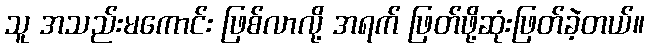
သူ အသည်းမကောင်း ဖြစ်လာလို့ အရက် ဖြတ်ဖို့ဆုံးဖြတ်ခဲ့တယ်။